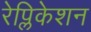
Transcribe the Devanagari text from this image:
रेप्लिकेशन